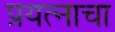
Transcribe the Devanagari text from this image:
प्रयत्‍नाचा